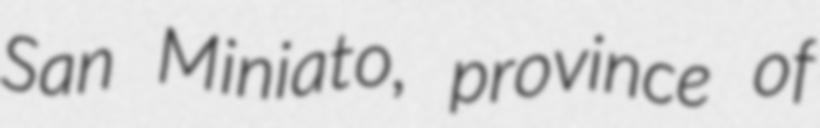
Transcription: San Miniato, province of